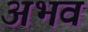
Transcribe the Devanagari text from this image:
अभव